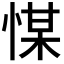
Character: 𢜮